Lunatic asylums United Provinces 1899-1908 - 1899-1908
Year: 1899
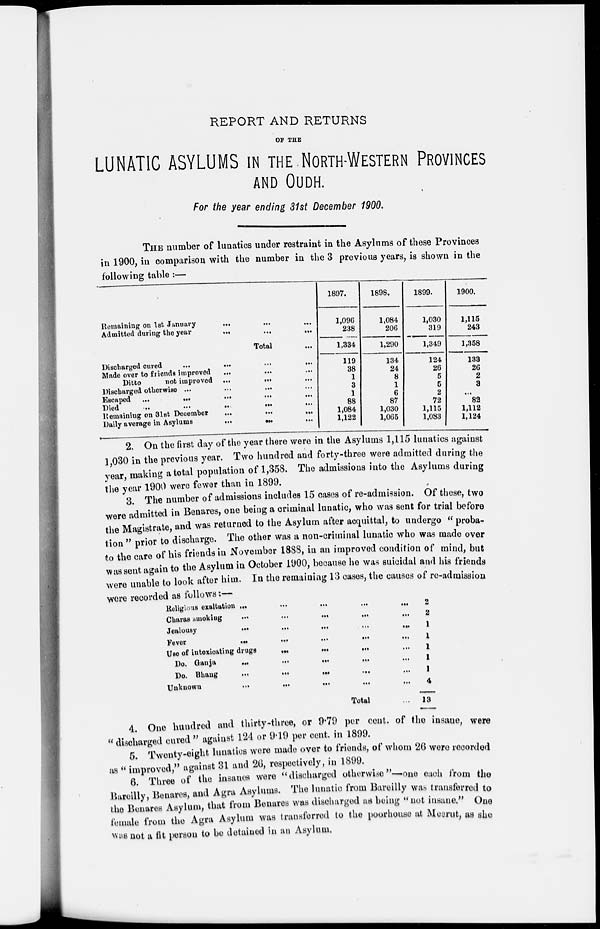
REPORT AND RETURNS
OF THE
LUNATIC ASYLUMS IN THE NORTH-WESTERN PROVINCES
AND OUDH.
For the year ending 31st December 1900.
THE number of lunatics under restraint in the Asylums of these Provinces
in 1900, in comparison with the number in the 3 previous years, is shown in the
following table :—
Remaining on 1st January ... ... ...
Admitted during the year ... ... ...
Total ...
Discharged cured ... ... ... ...
Made over to friends improved ... ... ...
Ditto
not improved ... ... ...
Discharged otherwise
...
...
...
...
Escaped
...
...
...
...
...
Died ... ... ... ... ...
Remaining on 31st December ... ... ...
Daily average in Asylums ... ... ...
1897.
1,096
238
1,334
119
38
1
3
1
88
1,084
1,122
1898.
1,084
206
1,290
134
24
8
1
6
87
1,030
1,065
1899.
1,030
319
1,349
124
26
5
5
2
72
1,115
1,083
1900.
1,115
243
1,358
133
26
2
3
...
82
1,112
1,124
2. On the first day of the year there were in the Asylums 1,115 lunatics against
1,030 in the previous year. Two hundred and forty-three were admitted during the
year, making a total population of 1,358. The admissions into the Asylums during
the year 1900 were fewer than in 1899.
3. The number of admissions includes 15 cases of re-admission. Of these, two
were admitted in Benares, one being a criminal lunatic, who was sent for trial before
the Magistrate, and was returned to the Asylum after acquittal, to undergo "proba-
tion" prior to discharge. The other was a non-criminal lunatic who was made over
to the care of his friends in November 1888, in an improved condition of mind, but
was sent again to the Asylum in October 1900, because he was suicidal and his friends
were unable to look after him. In the remaining 13 cases, the causes of re-admission
were recorded as follows:—
Religious exaltation ... ... ... ... ...
Charas smokiug ... ... ... ... ...
Jealousy ... ... ... ... ...
Fever
...
...
...
...
...
Use of intoxicating drugs ... ... ... ...
Do. Ganja ... ... ... ... ...
Do. Bhaug ... ... ... ... ...
Unknown
...
...
...
...
...
Total ...
2
2
1
1
1
1
1
4
13
4. One hundred and thirty-three, or 9.79 per cent, of the insane, were
" discharged cured " against 124 or 9.19 per cent, in 1899.
5. Twenty-eight lunatics were made over to friends, of whom 26 were recorded
as "improved, "against 31 and 26, respectively, in 1899.
6. Three of the insanes were "discharged otherwise "-one each from the
Bareilly, Benares, and Agra Asylums. The lunatic from Bareilly was transferred to
the Benares Asylum, that from Benares was discharged as being "not insane." One
female from the Agra Asylum was transferred to the poorhouse at Meerut, as she
was not a fit person to be detained in an Asylum.